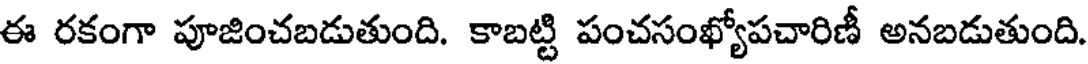
ఈ రకంగా పూజించబడుతుంది. కాబట్టి పంచసంఖ్యోపచారిణీ అనబడుతుంది.